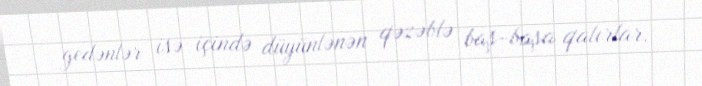
gedənlər isə içində düyünlənən qəzəblə baş-başa qalırlar.